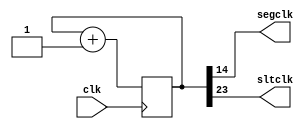
`timescale 1ns / 1ps
//////////////////////////////////////////////////////////////////////////////////
// Company: 
// Engineer: 
// 
// Design Name: 
// Module Name:    clockdiv 
// Project Name: 
// Target Devices: 
// Tool versions: 
// Description: 
//
// Dependencies: 
//
// Revision: 
// Revision 0.01 - File Created
// Additional Comments: 
//
//////////////////////////////////////////////////////////////////////////////////
module clockdiv(
	input wire clk, // master clock: 50MHz
	output wire segclk, // 7-segment clock: 381.47Hz
	output wire sltclk // 7-segment clock: 2.98Hz
	);

	reg [23:0] q = 0;

	// Clock divider
	always @(posedge clk) begin
		q <= q + 1;
	end

	// 50Mhz / 2^15 = 381.47Hz
	assign segclk = q[14];
	
	// 50Mhz / 2^22 = 2.98Hz
	assign sltclk = q[23];

endmodule